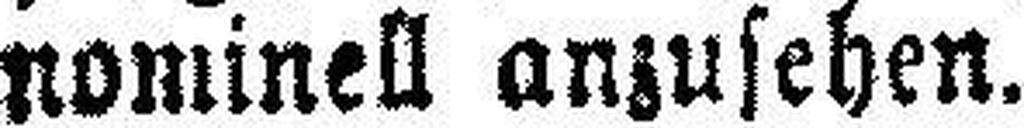
nominell anzusehen.